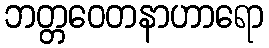
ဘတ္တဝေတနာဟာရော